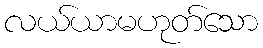
လယ်ယာမဟုတ်သော